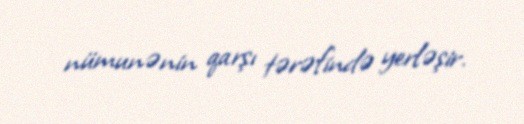
nümunənin qarşı tərəfində yerləşir.